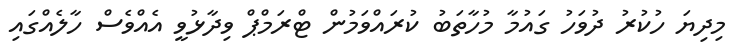
މިދިޔަ ހުކުރު ދުވަހު ގައުމާ މުހާތަބު ކުރައްވަމުން ޓްރަމްޕް ވިދާޅުވީ އެއްވެސް ހާލެއްގައި